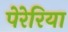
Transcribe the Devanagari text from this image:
पेरेरिया